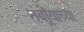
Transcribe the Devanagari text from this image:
तंबोर्‍याच्या